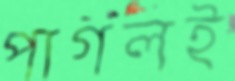
পাগলই